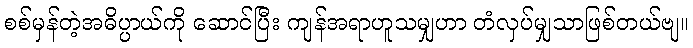
စစ်မှန်တဲ့အဓိပ္ပာယ်ကို ဆောင်ပြီး ကျန်အရာဟူသမျှဟာ တံလှပ်မျှသာဖြစ်တယ်ဗျ။